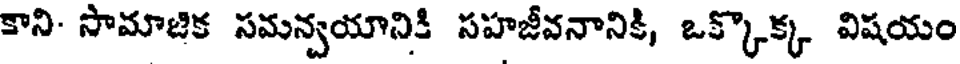
కాని- సామాజిక సమన్వయానికి సహజీవనానికి, ఒక్కొక్క విషయం